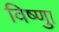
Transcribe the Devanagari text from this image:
विष्णुा